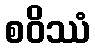
စဝိဿံ